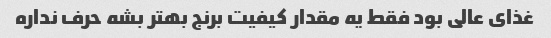
غذای عالی بود فقط یه مقدار کیفیت برنج بهتر بشه حرف نداره